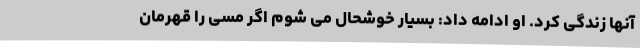
آنها زندگی کرد. او ادامه داد: بسیار خوشحال می شوم اگر مسی را قهرمان